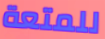
للمتعة